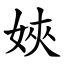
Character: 㛍